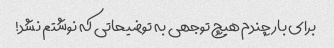
برای بار چندم هیچ توجهی به توضیحاتی که نوشتم نشد!